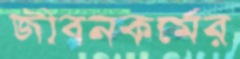
জীবনকর্মের